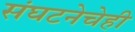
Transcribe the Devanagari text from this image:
संघटनेचेही